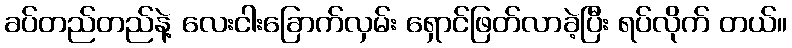
ခပ်တည်တည်နဲ့ လေးငါးခြောက်လှမ်း ရှောင်ဖြတ်လာခဲ့ပြီး ရပ်လိုက် တယ်။